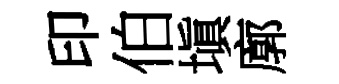
印伯塡廓